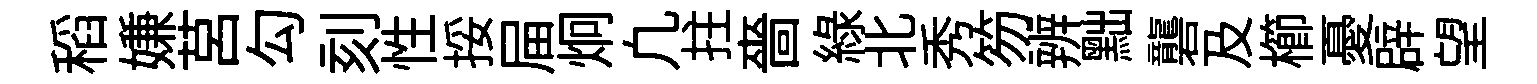
稻嫌莒勾刻性挼屇炯凢拄嗇緑北秀笏辨黜礱及櫛憂辟望